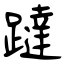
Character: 躂